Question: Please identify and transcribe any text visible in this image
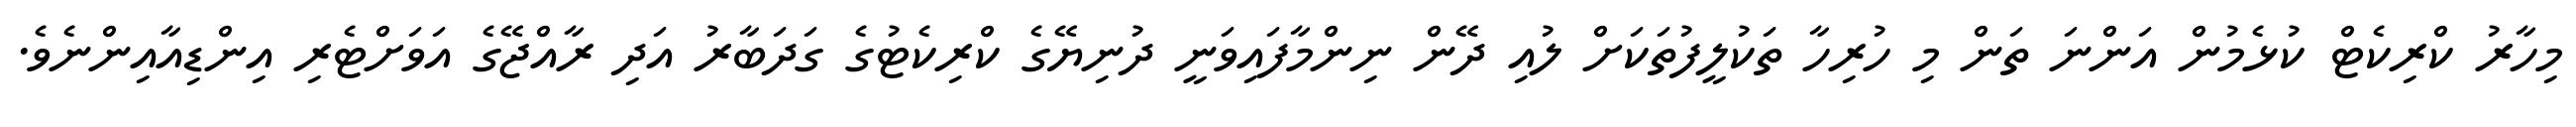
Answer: މިހާރު ކްރިކެޓް ކުޅެމުން އަންނަ ތަން މި ހުރިހާ ތަކުލީފުތަކަށް ލުއި ދޭން ނިންމާފައިވަނީ ދުނިޔޭގެ ކްރިކެޓުގެ ގަދަބާރު އަދި ރާއްޖޭގެ އަވަށްޓެރި އިންޑިއާއިންނެވެ.